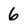
Character: 6